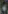
-